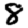
Digit: 8